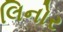
લિનોર